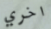
اخري